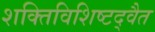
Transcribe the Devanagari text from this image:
शक्तिविशिष्टद्वैत